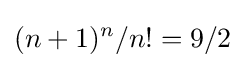
(n+1)^{n}/n!=9/2